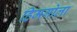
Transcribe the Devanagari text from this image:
हिमगोला